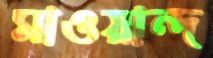
মাওয়ান্দ